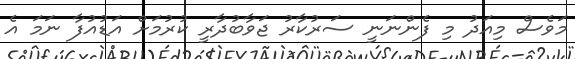
މަވެސް މިއަދު މި ފެންނަނީ ސަރުކާރު ޖަވާބުދާރީ ކުރުމަށް އަޑުއުފާ ނަމަ އެ